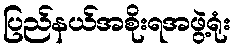
ပြည်နယ်အစိုးရအဖွဲ့ရုံး